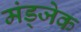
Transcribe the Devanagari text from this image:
मंड्जेक